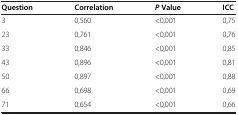
<table><thead><tr><td><b>Question</b></td><td><b>Correlation</b></td><td><b><i>P</i>Value</b></td><td><b>ICC</b></td></tr></thead><tbody><tr><td>3</td><td>0,560</td><td>&lt;0,001</td><td>0,75</td></tr><tr><td>23</td><td>0,761</td><td>&lt;0,001</td><td>0,76</td></tr><tr><td>33</td><td>0,846</td><td>&lt;0,001</td><td>0,85</td></tr><tr><td>43</td><td>0,896</td><td>&lt;0,001</td><td>0,81</td></tr><tr><td>50</td><td>0,897</td><td>&lt;0,001</td><td>0,88</td></tr><tr><td>66</td><td>0,698</td><td>&lt;0,001</td><td>0,69</td></tr><tr><td>71</td><td>0,654</td><td>&lt;0,001</td><td>0,66</td></tr></tbody></table>